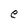
Character: e